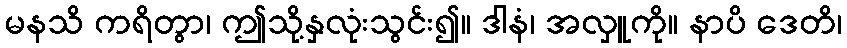
မနသိ ကရိတွာ၊ ဤသို့နှလုံးသွင်း၍။ ဒါနံ၊ အလှူကို။ နာပိ ဒေတိ၊